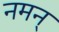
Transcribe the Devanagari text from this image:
नमन्